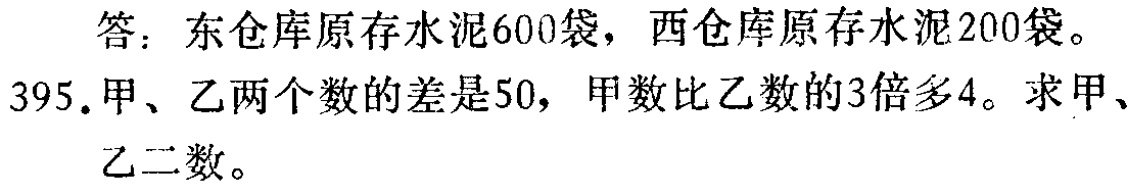
答：东仓库原存水泥600袋，西仓库原存水泥200袋。
395.甲、乙两个数的差是50，甲数比乙数的3倍多4。求甲、
乙二数。